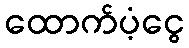
ထောက်ပံ့ငွေ